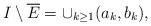
\begin{align*}I\setminus \overline{E}=\cup_{k\geq 1}(a_k,b_k),\end{align*}